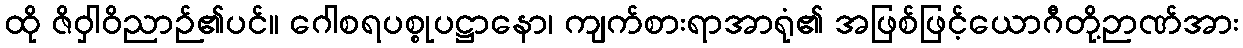
ထို ဇိဝှါဝိညာဉ်၏ပင်။ ဂေါစရပစ္စုပဋ္ဌာနော၊ ကျက်စားရာအာရုံ၏ အဖြစ်ဖြင့်ယောဂီတို့ဉာဏ်အား